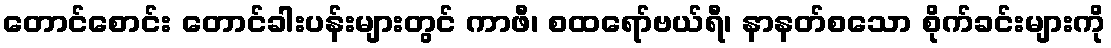
တောင်စောင်း တောင်ခါးပန်းများတွင် ကာဖီ၊ စထရော်ဗယ်ရီ၊ နာနတ်စသော စိုက်ခင်းများကို